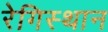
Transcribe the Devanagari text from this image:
रेगिस्थान